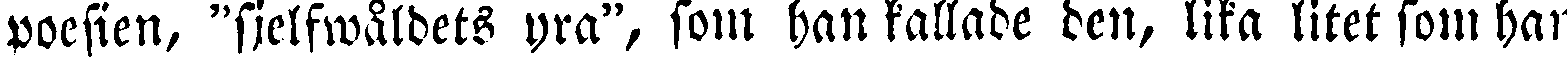
poesien, "sjelfwåldets yra", som han kallade den, lika litet son, han